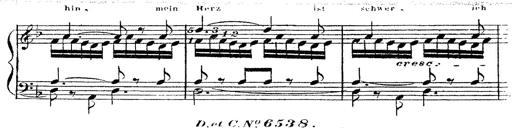
Title: 12 Lieder von Franz Schubert
Composer: Franz Liszt